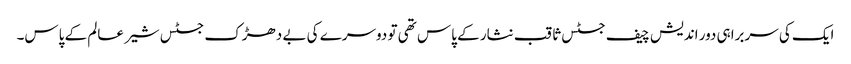
ایک کی سربراہی دور اندیش چیف جسٹس ثاقب نثار کے پاس تھی تو دوسرے کی بے دھڑک جسٹس شیر عالم کے پاس۔